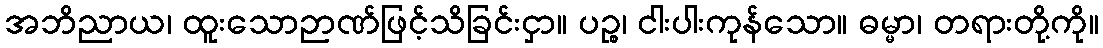
အဘိညာယ၊ ထူးသောဉာဏ်ဖြင့်သိခြင်းငှာ။ ပဉ္စ၊ ငါးပါးကုန်သော။ ဓမ္မာ၊ တရားတို့ကို။